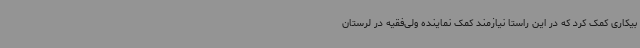
بیکاری کمک کرد که در این راستا نیازمند کمک نماینده ولی‌فقیه در لرستان